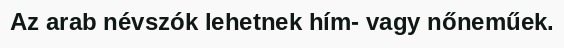
Az arab névszók lehetnek hím- vagy nőneműek.